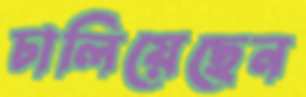
চালিয়েছেন